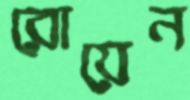
রোয়েন